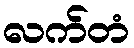
လက်တံ